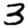
Digit: 3